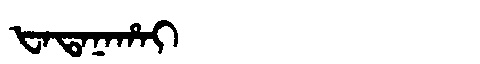
Manchu: ᡶᠠᡨᠠᠨᠠᡥᠠᡳ
Romanization: FATANAHAI